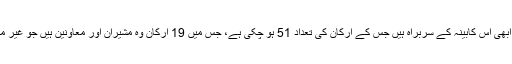
عمران خان جو الیکشن سے پہلے 15 رکنی کابینہ کی وکالت کرتے تھے ابھی اس کابینہ کے سربراہ ہیں جس کے ارکان کی تعداد 51 ہو چکی ہے، جس میں 19 ارکان وہ مشیران اور معاونین ہیں جو غیر منتخب ہیں اور اکثر یا غیر ملکی شہری ہیں یا دہری شہریت کے حامل ہیں۔